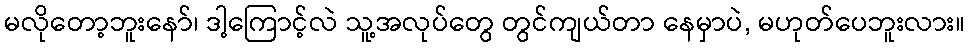
မလိုတော့ဘူးနော်၊ ဒါ့ကြောင့်လဲ သူ့အလုပ်တွေ တွင်ကျယ်တာ နေမှာပဲ, မဟုတ်ပေဘူးလား။